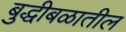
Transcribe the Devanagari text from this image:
बुद्धीबळातील